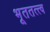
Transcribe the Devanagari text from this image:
भूततत्त्व